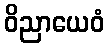
ဝိညာယေဝံ